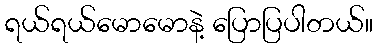
ရယ်ရယ်မောမောနဲ့ ပြောပြပါတယ်။